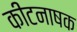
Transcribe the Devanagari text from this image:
कीटनाषक